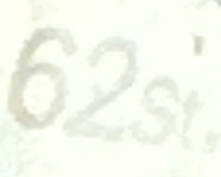
62st